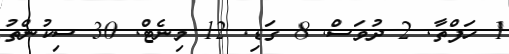
1 ހަފްތާ